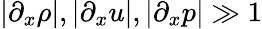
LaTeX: |\partial_{x}\rho|,|\partial_{x}u|,|\partial_{x}p|\gg 1